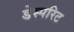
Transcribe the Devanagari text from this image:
डेस्परिट